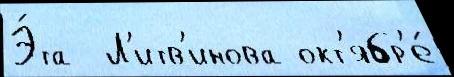
Э́та  Л'итв'инова окт'ябр'е́